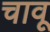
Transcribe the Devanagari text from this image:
चावू